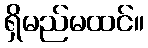
ရှိမည်မထင်။